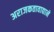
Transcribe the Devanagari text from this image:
अराजकतावाद्याने